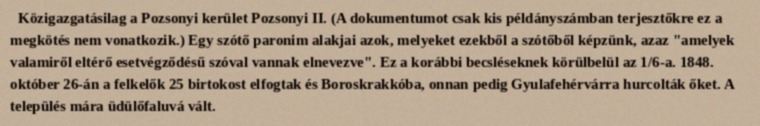
Közigazgatásilag a Pozsonyi kerület Pozsonyi II. (A dokumentumot csak kis példányszámban terjesztőkre ez a megkötés nem vonatkozik.) Egy szótő paronim alakjai azok, melyeket ezekből a szótőből képzünk, azaz "amelyek valamiről eltérő esetvégződésű szóval vannak elnevezve". Ez a korábbi becsléseknek körülbelül az 1/6-a. 1848. október 26-án a felkelők 25 birtokost elfogtak és Boroskrakkóba, onnan pedig Gyulafehérvárra hurcolták őket. A település mára üdülőfaluvá vált.